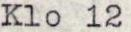
Klo 12